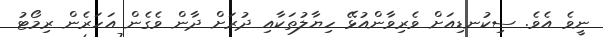
ނީވެ އެވެ. ސިކުނޑިއަށް ވެރިވާންއުޅޭ ހިޔާލުތަކާއި ދުރަށް ދާން ވެގެން އަހަރެން ރިމޯޓު